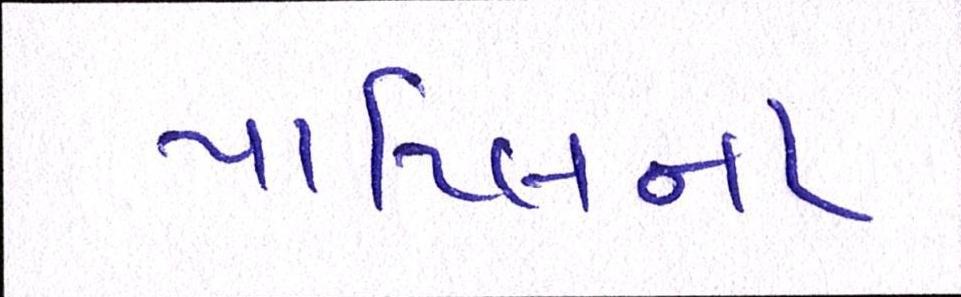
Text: પાટિલના